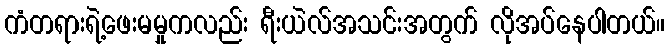
ကံတရားရဲ့ဖေးမမှုကလည်း ရီးယဲလ်အသင်းအတွက် လိုအပ်နေပါတယ်။